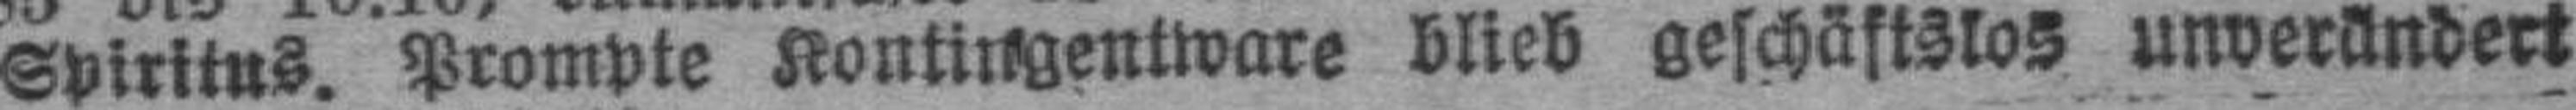
Spiritus. Prompte Kontingentware blieb geschäftslos unverändert